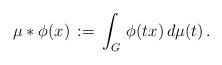
LaTeX: \begin{align*}\mu * \phi (x) \,:=\, \int_G \, \phi(tx) \, d\mu(t)\,.\end{align*}